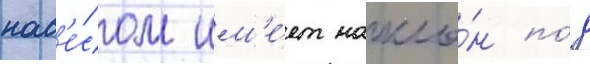
нав'е́сом им'е́ет накло́н по́д